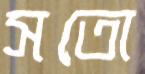
সতো